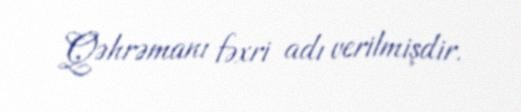
Qəhrəmanı fəxri adı verilmişdir.